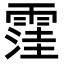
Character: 䨟